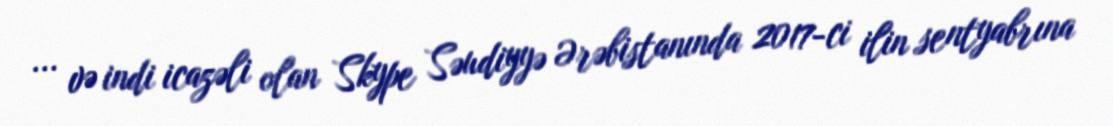
... və indi icazəli olan Skype Səudiyyə Ərəbistanında 2017-ci ilin sentyabrına